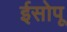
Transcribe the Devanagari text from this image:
ईसोपू